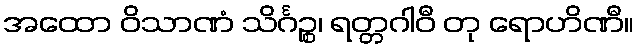
အထော ဝိသာဏံ သိင်္ဂဉ္စ၊ ရတ္တဂါဝီ တု ရောဟိဏီ။